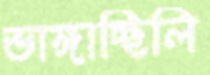
ভাঙ্গাচ্ছিলি